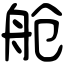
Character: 舱